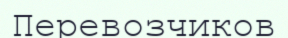
Перевозчиков